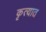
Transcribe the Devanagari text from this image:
कृत्यात